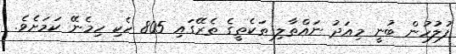
ފުލުހުން ބުނީ މިއަދު ނައްތާލި ތަކެތީގެ ތެރޭގައި 805 ހެކި ހިމެނޭ ކަމަށެވެ.